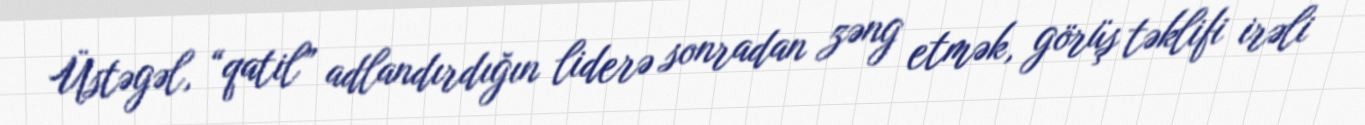
Üstəgəl, “qatil” adlandırdığın liderə sonradan zəng etmək, görüş təklifi irəli